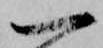
一